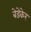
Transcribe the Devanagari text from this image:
बेडेकेर